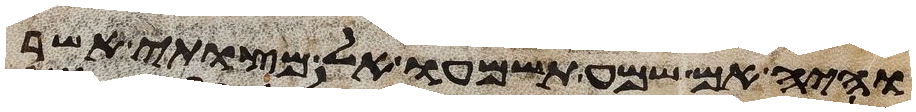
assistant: והיה אם שמע תשמעו אל מצותי אשר